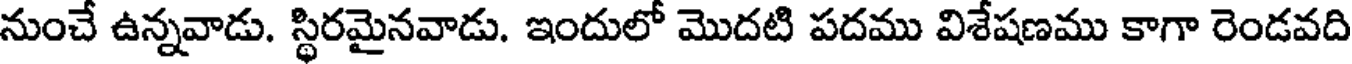
నుంచే ఉన్నవాడు. స్థిరమైనవాడు. ఇందులో మొదటి పదము విశేషణము కాగా రెండవది